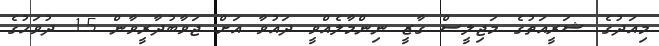
މިއަދުގެ ޝަރީއަތުގެ މަޖިލީސް ގާޒީ ނިންމާލެއްވީ ދައުވާ އަށް ޖަވާބުދާރީވާން 15 ދުވަހުގެ